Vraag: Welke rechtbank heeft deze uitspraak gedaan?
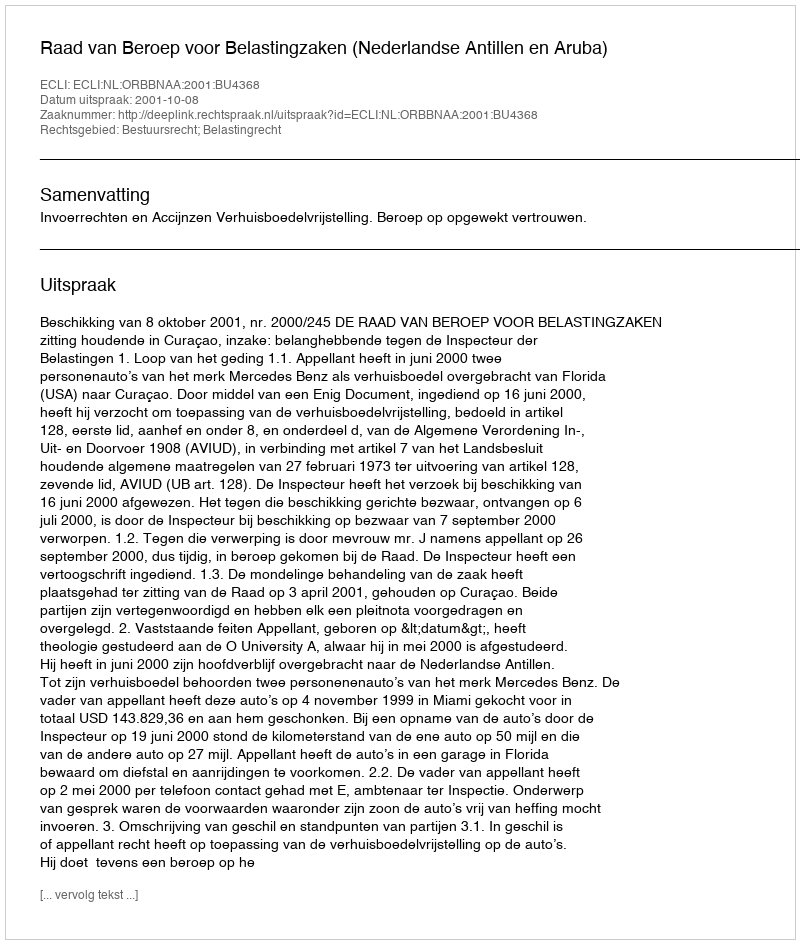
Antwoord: Raad van Beroep voor Belastingzaken (Nederlandse Antillen en Aruba)